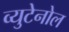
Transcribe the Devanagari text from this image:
व्युटेनोल